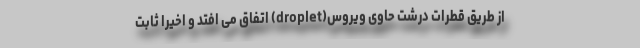
از طریق قطرات درشت حاوی ویروس(droplet) اتفاق می افتد و اخیرا ثابت